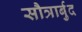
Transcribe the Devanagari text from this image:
सौत्रार्बुद